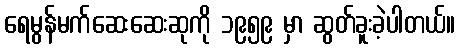
ရေမွန်မက်ဆေးဆေးဆုကို ၁၉၅၉ မှာ ဆွတ်ခူးခဲ့ပါတယ်။